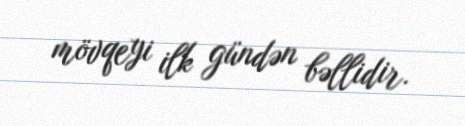
mövqeyi ilk gündən bəllidir.